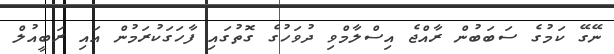
ނޭގޭ ކަމުގެ ސަބަބުން ރާއްޖެ އިސްލާމްވި ދުވަހުގެ ގޮތުގައި ފާހަގަކުރަމުން އައި ރަބީއުލް